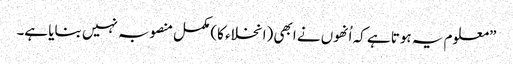
”معلوم یہ ہوتا ہے کہ اُنھوں نے ابھی (انخلاء کا) مکمل منصوبہ نہیں بنایا ہے۔